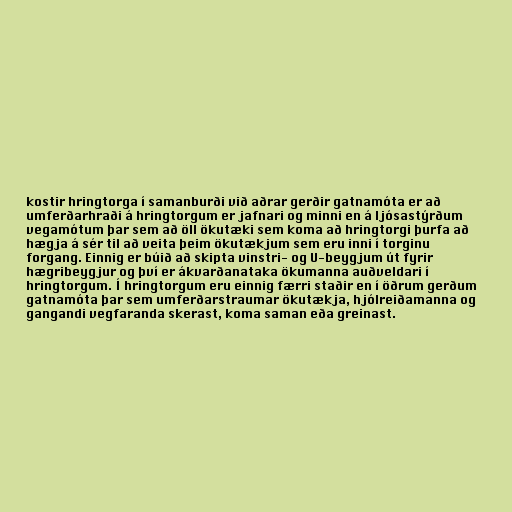
kostir hringtorga í samanburði við aðrar gerðir gatnamóta er að
umferðarhraði á hringtorgum er jafnari og minni en á ljósastýrðum
vegamótum þar sem að öll ökutæki sem koma að hringtorgi þurfa að
hægja á sér til að veita þeim ökutækjum sem eru inni í torginu
forgang. Einnig er búið að skipta vinstri- og U-beygjum út fyrir
hægribeygjur og því er ákvarðanataka ökumanna auðveldari í
hringtorgum. Í hringtorgum eru einnig færri staðir en í öðrum gerðum
gatnamóta þar sem umferðarstraumar ökutækja, hjólreiðamanna og
gangandi vegfaranda skerast, koma saman eða greinast.